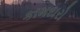
કામદારો